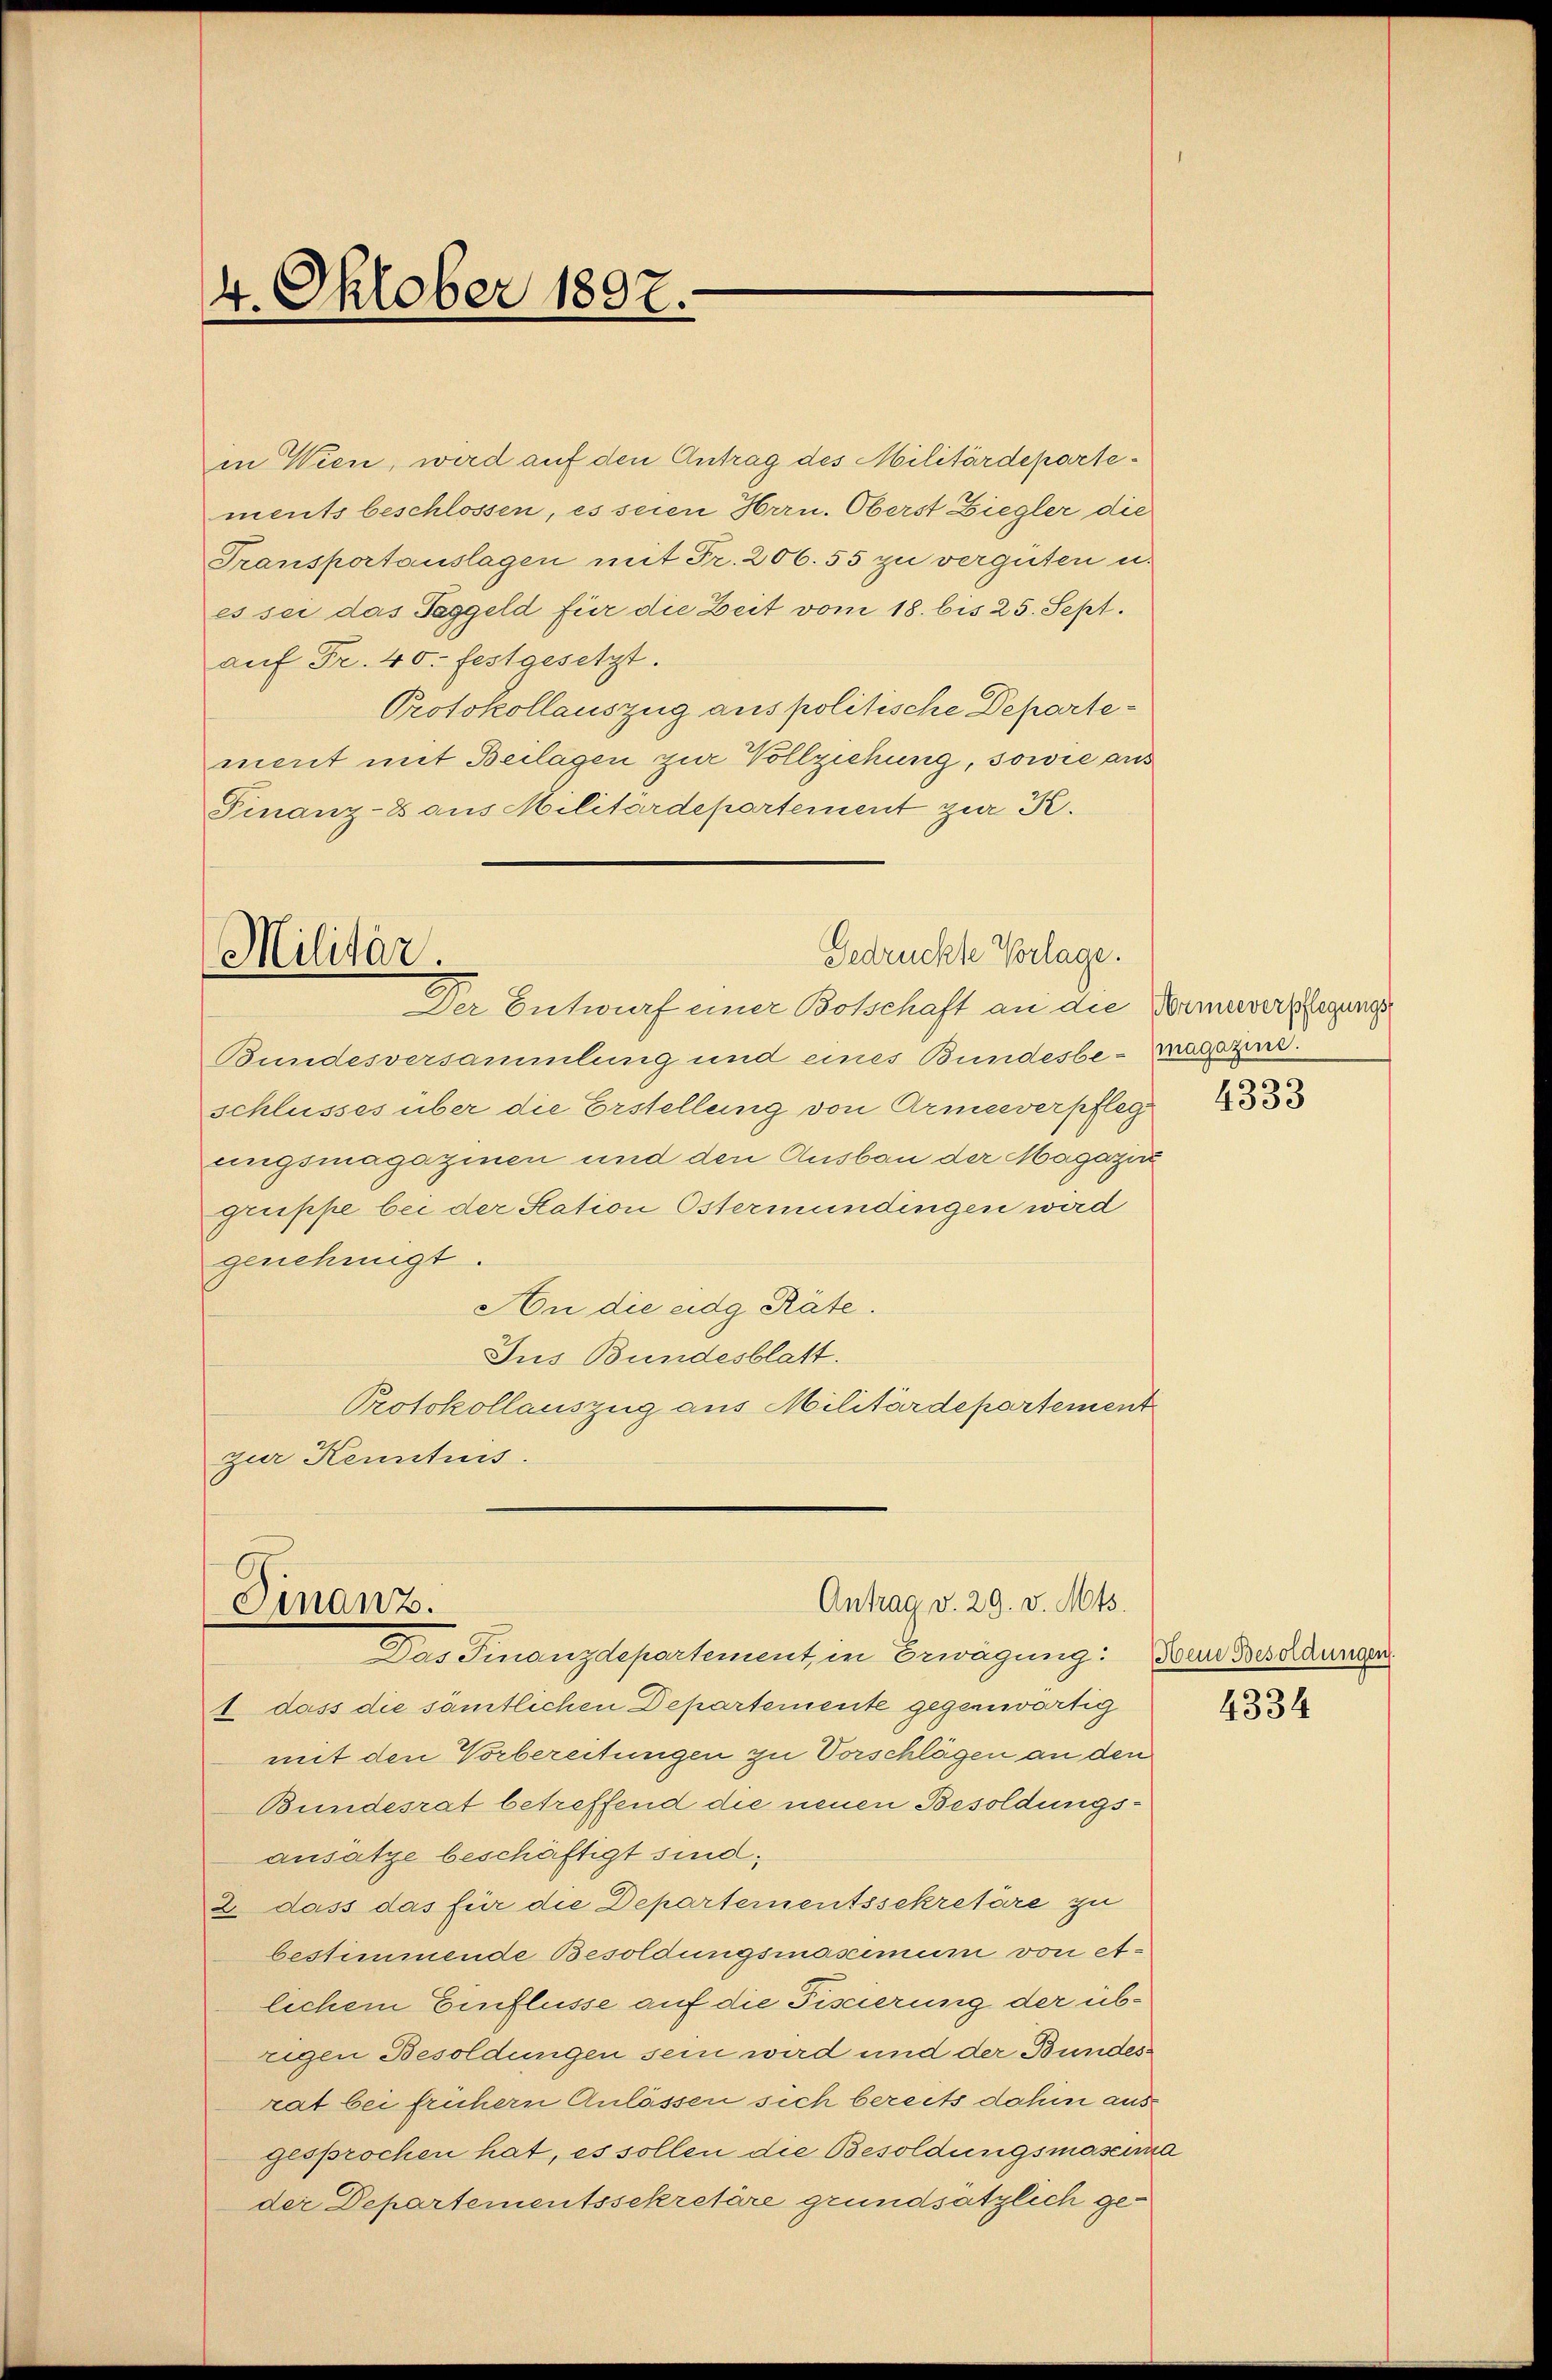
in Wien, wird auf den Antrag des Militärdepartements beschlossen, es seien Hrrn. Oberst Ziegler die
Transportauslagen mit Fr. 206. 55 zu verguten u.
es sei das Taggeld für die Zeit vom 18. bis 25. Sept.
auf Fr. 40. festgesetzt.
Protokollauszug aus politische Departement mit Beilagen zur Vollziehung, sowie aus
Finanz-8 aus Militärdepartement zur K.

4. Oktober 1807.

Gedrückte Vorlage.
Militär.
Der Entwurf einer Botschaft an die Bannverpflegungs

Bundesversammlung und eines Bundesbe-Wasezen.
schlusses über die Erstellung von Armeeverpfleg
ungsmagazinen und den Ausbau der Magazi
grippe bei der Station Östermündingen wird
genehmigt.
An die eidg Räte.
Jus Bundesblatt.
Protokollauszug aus Militärdepartement
zur Kenntnis.

Antrag v. 29. v. Mts.
Finanz.
Das Finanzdepartement in Erwägung: Der Besoldungen

1. dass die sämtlichen Departemente gegenwärtig
mit den Vorbereitungen zu Vorschlägen an den
Bundesrat betreffend die neuen Besoldungsansätze beschäftigt sind.
2. dass das für die Departementssekretäre zu
bestimmende Besoldungsmasimum von etlichem Einflüsse auf die Fiscierung der übrigen Besoldungen sein wird und der Bundesrat bei frühern Anlassen sich bereits dahin ausgesprochen hat, es sollen die Besoldungsmascia
der Departementssekretäre grundsätzlich ge¬

4333

4334